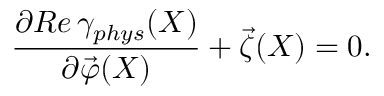
\frac { \partial R e \, \gamma _ { p h y s } ( X ) } { \partial \vec { \varphi } ( X ) } + \vec { \zeta } ( X ) = 0 .